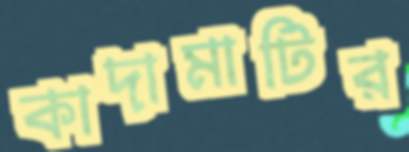
কাদামাটির